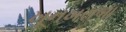
ખૂનખરાબા